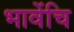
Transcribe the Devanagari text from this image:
भावेंचि